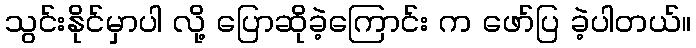
သွင်းနိုင်မှာပါ လို့ ပြောဆိုခဲ့ကြောင်း က ဖော်ပြ ခဲ့ပါတယ်။